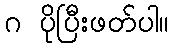
ဂ ပိုပြီးဖတ်ပါ။